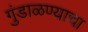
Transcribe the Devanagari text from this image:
गुंडाळण्याचा